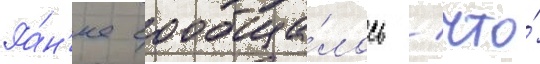
Ра́н'ее сообща́лось / что́